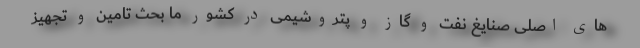
های اصلی صنایغ نفت و گاز و پتروشیمی در کشور ما بحث تامین و تجهیز